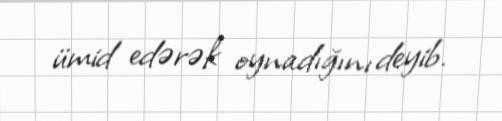
ümid edərək oynadığını deyib.